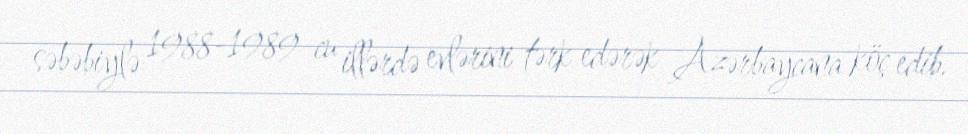
səbəbiylə 1988-1989-cu illərdə evlərini tərk edərək Azərbaycana köç edib.